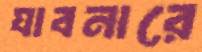
যাবনারে